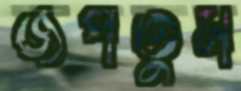
জপতুম